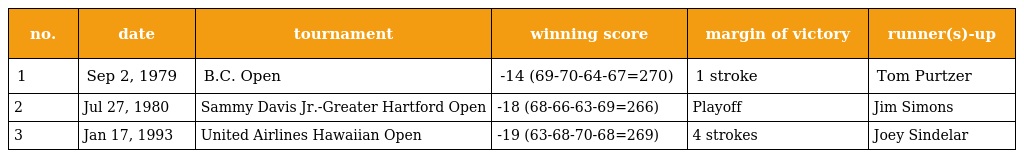
| no. | date | tournament | winning score | margin of victory | runner(s)-up |
 | --- | --- | --- | --- | --- | --- |
 | 1 | Sep 2, 1979 | B.C. Open | -14 (69-70-64-67=270) | 1 stroke | Tom Purtzer |
 | 2 | Jul 27, 1980 | Sammy Davis Jr.-Greater Hartford Open | -18 (68-66-63-69=266) | Playoff | Jim Simons |
 | 3 | Jan 17, 1993 | United Airlines Hawaiian Open | -19 (63-68-70-68=269) | 4 strokes | Joey Sindelar |